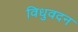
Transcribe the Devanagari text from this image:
विधुवदन